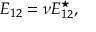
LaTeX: E _ { 1 2 } = \nu E _ { 1 2 } ^ { \star } , \;